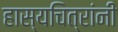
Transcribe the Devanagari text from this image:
हास्यचित्रांनी